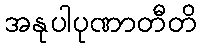
အနုပါပုဏာတီတိ